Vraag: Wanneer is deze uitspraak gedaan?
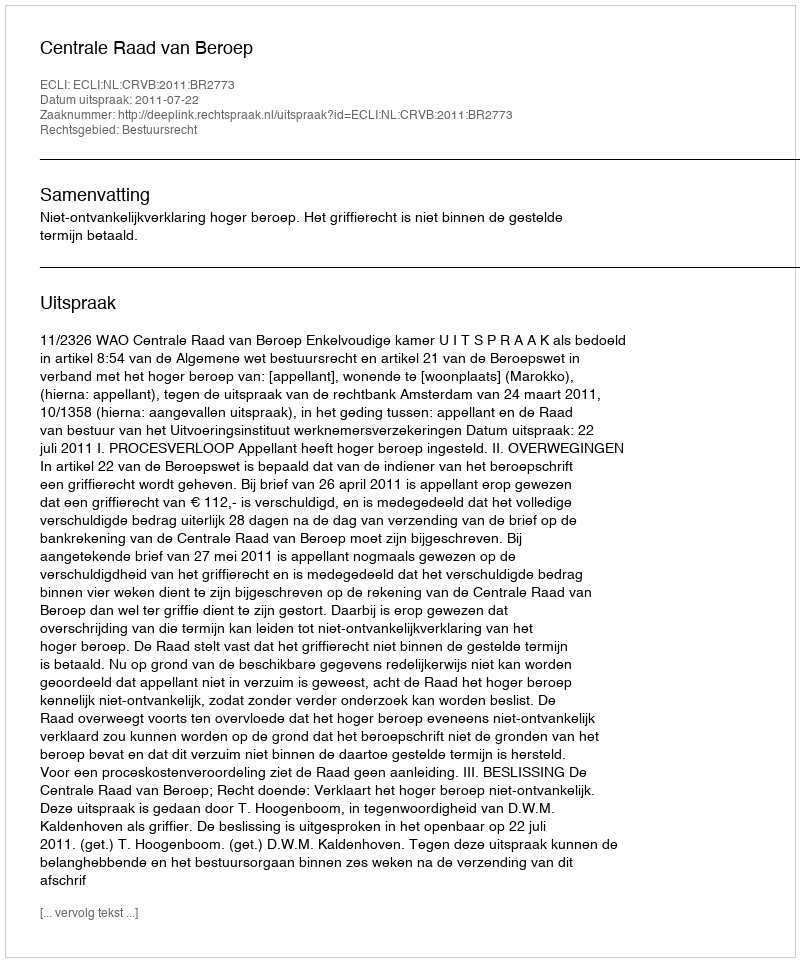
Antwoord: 2011-07-22